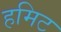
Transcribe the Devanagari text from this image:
हमिट